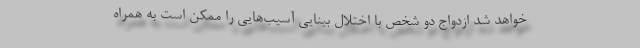
خواهد شد ازدواج دو شخص با اختلال بینایی آسیب‌هایی را ممکن است به همراه